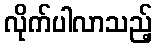
လိုက်ပါလာသည့်